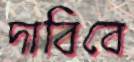
দাবিবে